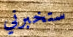
ستخبرني